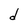
Character: d